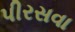
પીરસવા